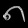
Digit: ၈